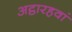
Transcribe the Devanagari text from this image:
अट्ठारहवां